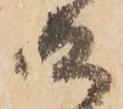
候